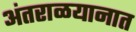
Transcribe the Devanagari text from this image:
अंतराळयानात